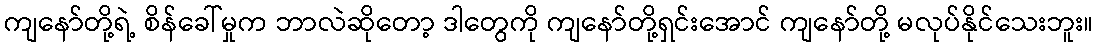
ကျနော်တို့ရဲ့ စိန်ခေါ်မှုက ဘာလဲဆိုတော့ ဒါတွေကို ကျနော်တို့ရှင်းအောင် ကျနော်တို့ မလုပ်နိုင်သေးဘူး။